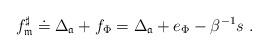
LaTeX: \begin{align*}f_{\mathfrak{m}}^{\sharp }\doteq \Delta _{\mathfrak{a}}+f_{\Phi }=\Delta _{\mathfrak{a}}+e_{\Phi }-\beta ^{-1}s\ .\end{align*}